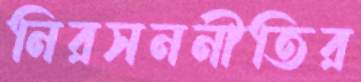
নিরসননীতির